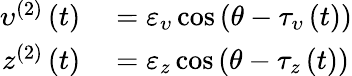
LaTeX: \begin{array}{rl}{\upsilon^{(2)}\left(t\right)}&{{}=\varepsilon_{\upsilon}\cos\left(\theta-\tau_{\upsilon}\left(t\right)\right)}\\ {z^{(2)}\left(t\right)}&{{}=\varepsilon_{z}\cos\left(\theta-\tau_{z}\left(t\right)\right)}\end{array}